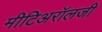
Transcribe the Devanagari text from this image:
मीटिअरॉलजी